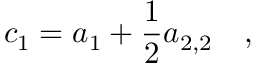
c _ { 1 } = a _ { 1 } + \frac 1 2 a _ { 2 , 2 } ~ ~ ~ ,